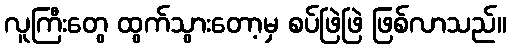
လူကြီးတွေ ထွက်သွားတော့မှ စပ်ဖြဲဖြဲ ဖြစ်လာသည်။